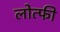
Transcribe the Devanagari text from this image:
लोत्फी